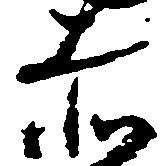
赤